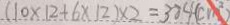
( 1 0 \times 1 2 + 6 \times 1 2 ) \times 2 = 3 8 4 ( c m ^ { 2 } )